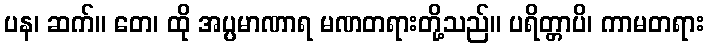
ပန၊ ဆက်။ တေ၊ ထို အပ္ပမာဏာရ မဏတရားတို့သည်။ ပရိတ္တာပိ၊ ကာမတရား